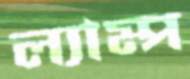
ল্যাম্প